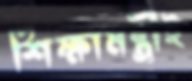
শিক্ষামন্ত্রীই